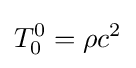
T_{0}^{0}=\rho c^{2}